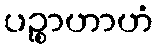
ပဉ္စာဟာဟံ